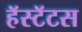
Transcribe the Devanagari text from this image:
हॅस्टॅटस